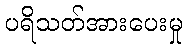
ပရိသတ်အားပေးမှု